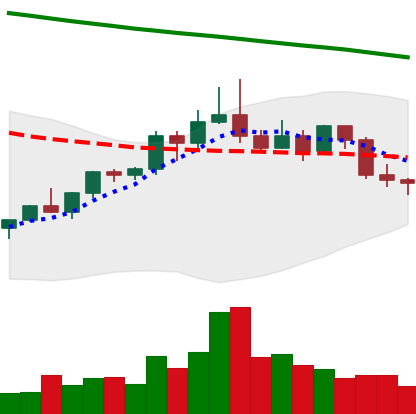
Ticker: ETC-USD
Chart end date: 2022-02-19
Forward return: -7.575%
Label: down_7plus